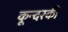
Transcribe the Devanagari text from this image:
कून्दरकी